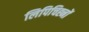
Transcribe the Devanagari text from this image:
लिपिचिह्नों